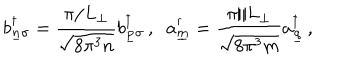
b _ { \underline { { { n } } } \sigma } ^ { \dagger } = \frac { \pi / L _ { \perp } } { \sqrt { 8 \pi ^ { 3 } n } } b _ { \underline { { { p } } } \sigma } ^ { \dagger } \, , \; \; a _ { \underline { { { m } } } } ^ { \dagger } = \frac { \pi / L _ { \perp } } { \sqrt { 8 \pi ^ { 3 } m } } a _ { \underline { { { q } } } } ^ { \dagger } \, , \; \;